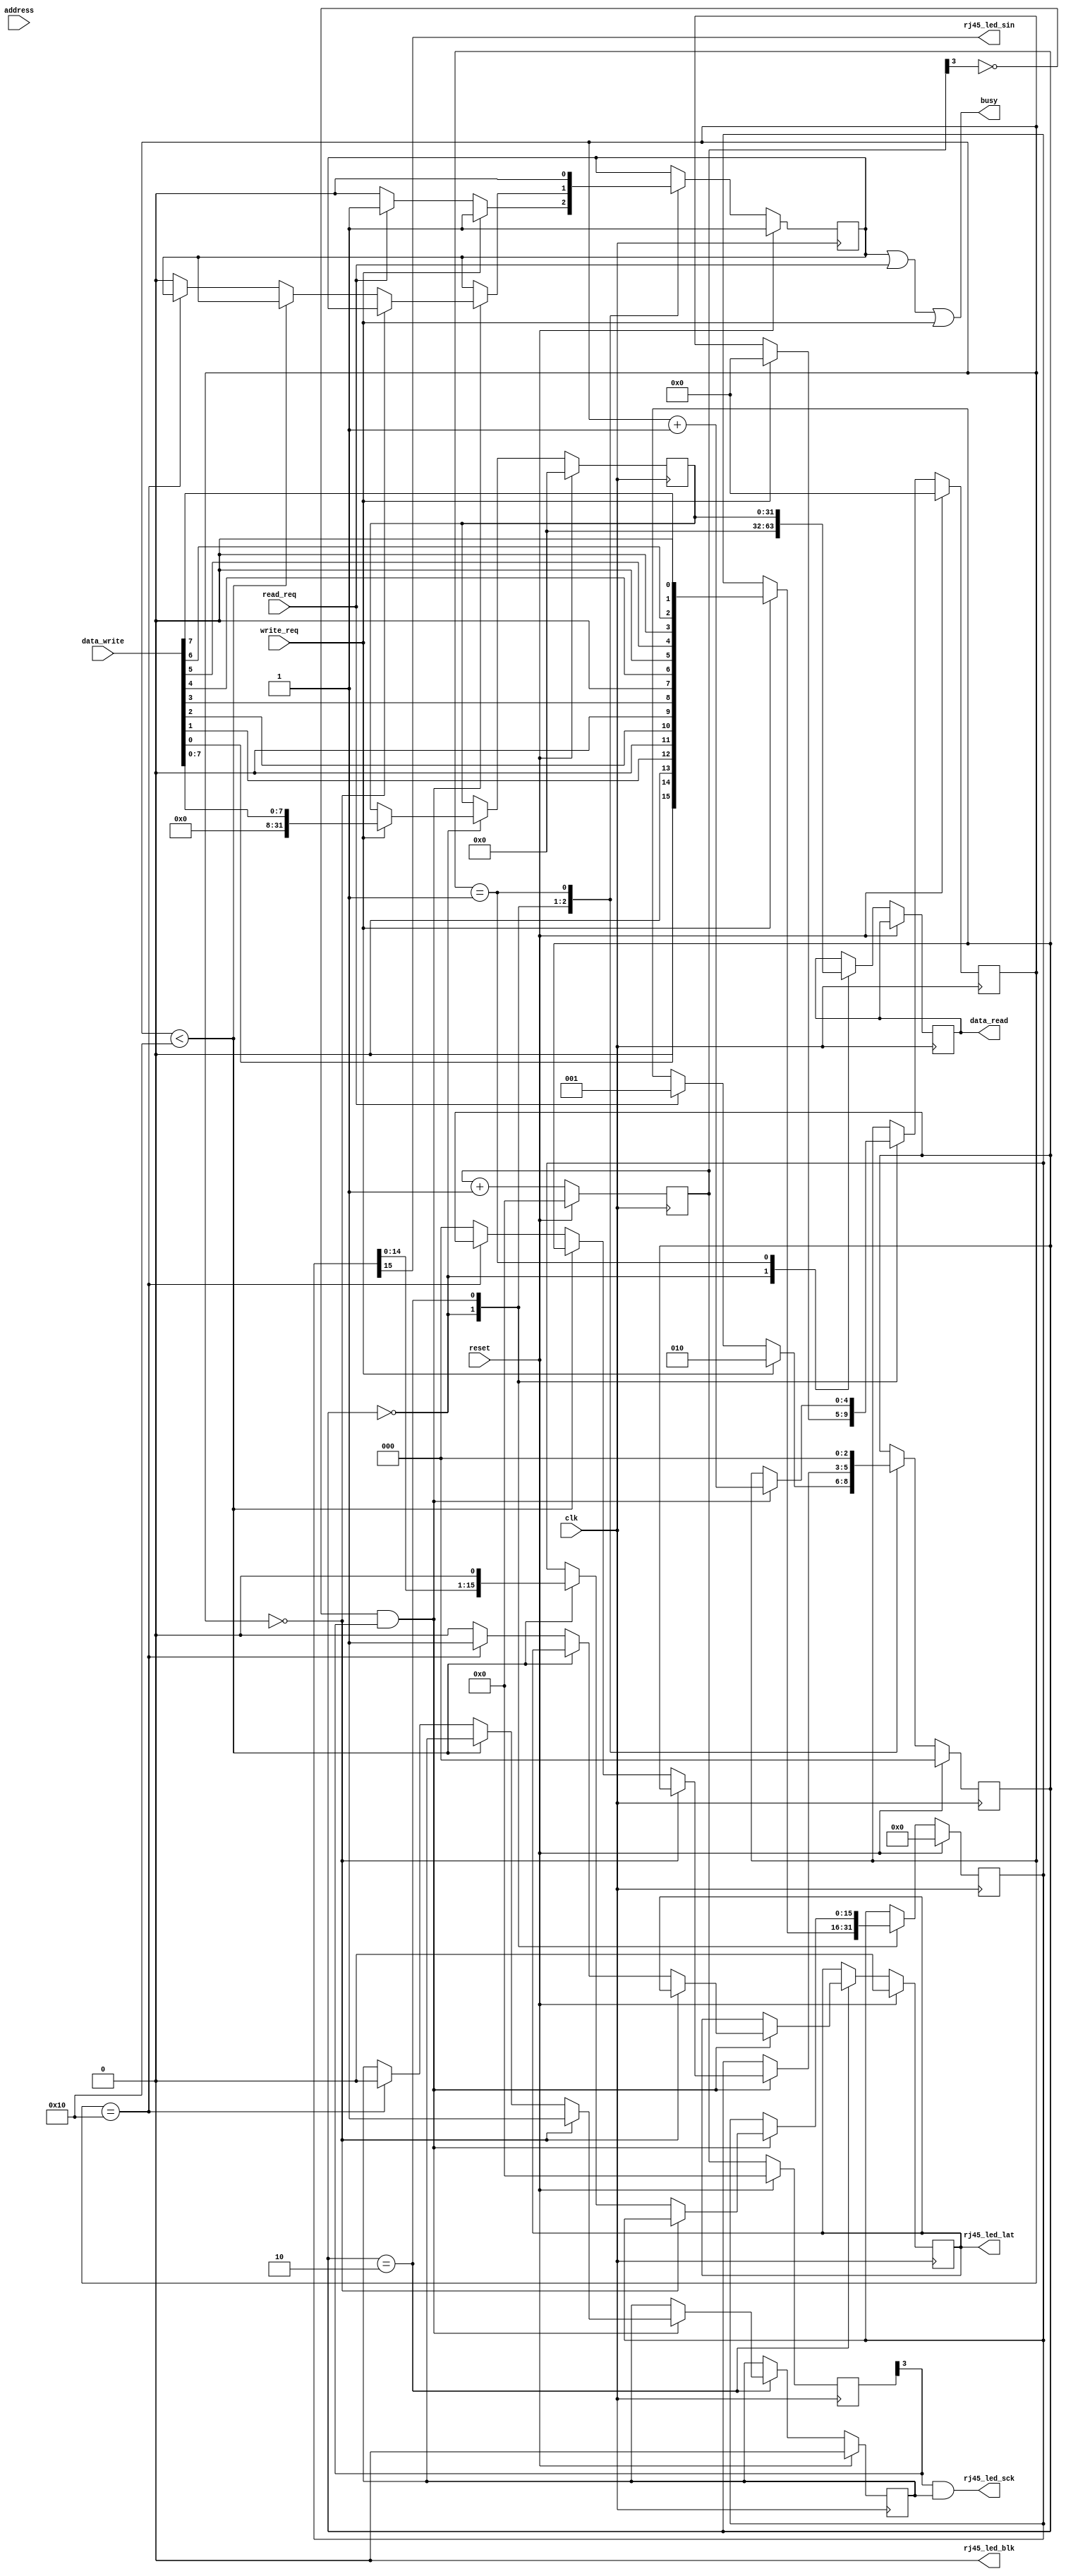
module rj45_led_controller(
  input  wire         clk,  // 150 MHz
  input  wire         reset,

  //--------------------------------------------------------------------------
  //------------------------CONTROL INTERFACE---------------------------------
  //--------------------------------------------------------------------------
  input  wire        write_req,
  input  wire        read_req,
  input  wire [31:0] data_write,
  output reg  [31:0] data_read,
  input  wire [25:0] address,
  output wire        busy,

  //--------------------------------------------------------------------------
  //---------------------------HW INTERFACE-----------------------------------
  //--------------------------------------------------------------------------
  output wire         rj45_led_sck,
  output wire         rj45_led_sin,
  output wire         rj45_led_lat,
  output wire         rj45_led_blk
);

//----------------------------------------------------------------------------
// Parameters
//----------------------------------------------------------------------------
localparam IDLE   = 3'd0,
           READ   = 3'd1,
           WRITE  = 4'd2;
localparam CLK_DIV = 3;

//----------------------------------------------------------------------------
// Wires
//----------------------------------------------------------------------------
wire update_out;

//----------------------------------------------------------------------------
// Registers
//----------------------------------------------------------------------------
reg [CLK_DIV:0] clk_div1;
reg [CLK_DIV:0] clk_div2;
reg             clk_enable;
reg [15:0]      output_shifter;
reg [4:0]       write_counter;
reg             latch;

reg [2:0]       state;
reg             busy_int;
reg [31:0]      value_cache;

//----------------------------------------------------------------------------
// Assignments
//----------------------------------------------------------------------------
assign rj45_led_sck = clk_div2[CLK_DIV] & clk_enable;
assign rj45_led_sin = output_shifter[15];
assign rj45_led_lat = latch;
assign rj45_led_blk = 0;

assign update_out = ~clk_div1[CLK_DIV] & clk_div2[CLK_DIV]; // negedge serial clock
assign busy = busy_int | read_req | write_req;

//----------------------------------------------------------------------------
// Clock Division
//----------------------------------------------------------------------------
always @( posedge clk ) begin
  if ( reset ) begin
    clk_div1 <= 0;
    clk_div2 <= 0;
  end
  else begin
    clk_div2 <= clk_div1;
    clk_div1 <= clk_div1 + 1;
  end
end

//----------------------------------------------------------------------------
// State Machine
//----------------------------------------------------------------------------
always @( posedge clk ) begin
  if ( reset ) begin
    state <= IDLE;
    clk_enable <= 0;
    output_shifter <= 16'h0000;
    write_counter <= 5'h00;
    latch <= 0;
    busy_int <= 1;
    value_cache <= 32'd0;
  end
  else begin
    case ( state )
      IDLE: begin
        data_read <= 32'd0;
        if ( write_req ) begin
          state <= WRITE;
          busy_int <= 1;
          output_shifter <= {1'b0, data_write[0], 1'b0, data_write[1],
                             1'b0, data_write[2], 1'b0, data_write[3],
                             1'b0, data_write[4], 1'b0, data_write[5],
                             1'b0, data_write[6], 1'b0, data_write[7]};
          value_cache <= {24'd0, data_write[7:0]};
          write_counter <= 0;

        end
        else if ( read_req ) begin
          state <= READ;
          busy_int <= 1;
        end
        else begin
          busy_int <= 0;
        end
      end
      WRITE: begin
        if ( update_out ) begin
          write_counter <= write_counter + 5'd1;
          if ( write_counter == 0 ) begin
            clk_enable <= 1;
          end
          else if ( write_counter < 5'd16) begin
            output_shifter <= {output_shifter[14:0], 1'b0};
          end
          else if ( write_counter == 5'd16 ) begin
            clk_enable <= 0;
            latch <= 1;
          end
          else begin
            state <= IDLE;
            latch <= 0;
            busy_int <= 0;
          end
        end
      end
      READ: begin
        state <= IDLE;
        busy_int <= 0;
        data_read <= value_cache;
      end
    endcase
  end
end

endmodule